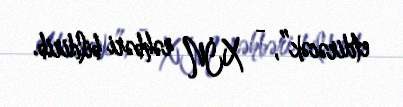
etdirəcək”, - XİN rəhbəri bildirib.